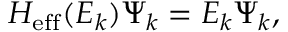
H _ { \mathrm { e f f } } ( E _ { k } ) \Psi _ { k } = E _ { k } \Psi _ { k } ,